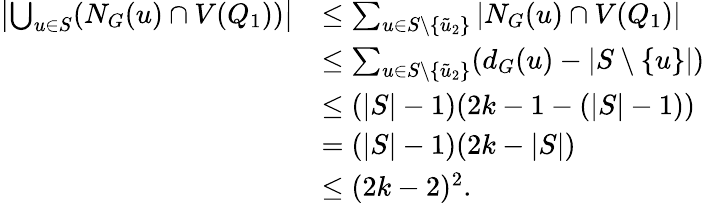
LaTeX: \begin{array}{rl}{\left|\bigcup_{u\in S}(N_{G}(u)\cap V(Q_{1}))\right|}&{\leq\sum_{u\in S\setminus\{ \tilde{u}_{2}\} }|N_{G}(u)\cap V(Q_{1})|}\\ &{\leq\sum_{u\in S\setminus\{ \tilde{u}_{2}\} }(d_{G}(u)-|S\setminus\{ u\} |)}\\ &{\leq(|S|-1)(2k-1-(|S|-1))}\\ &{=(|S|-1)(2k-|S|)}\\ &{\leq(2k-2)^{2}.}\end{array}